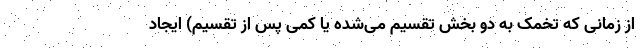
از زمانی که تخمک به دو بخش تقسیم می‌شده یا کمی پس از تقسیم) ایجاد